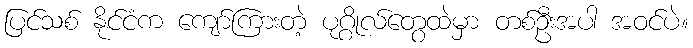
ပြင်သစ် နိုင်ငံက ကျော်ကြားတဲ့ ပုဂ္ဂိုလ်တွေထဲမှာ တစ်ဦးအပါ အဝင်ပဲ။